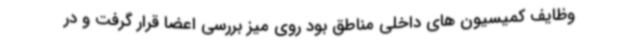
وظایف کمیسیون های داخلی مناطق بود روی میز بررسی اعضا قرار گرفت و در